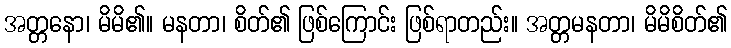
အတ္တနော၊ မိမိ၏။ မနတာ၊ စိတ်၏ ဖြစ်ကြောင်း ဖြစ်ရာတည်း။ အတ္တမနတာ၊ မိမိစိတ်၏